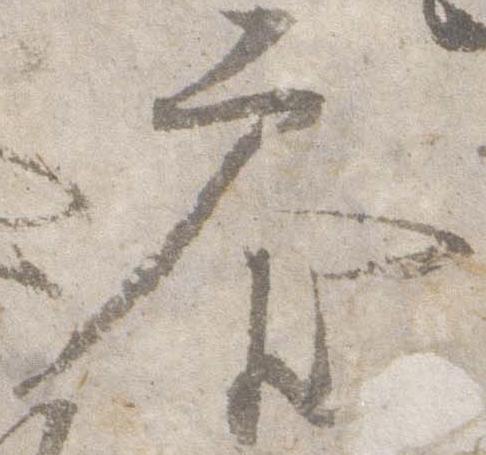
参